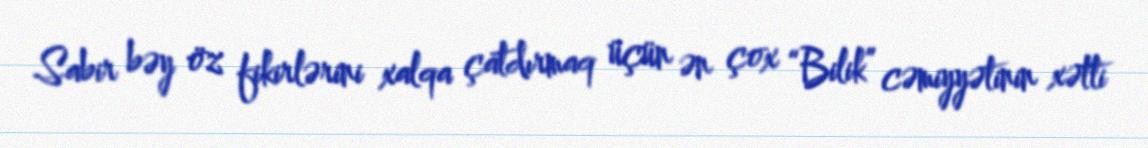
Sabir bəy öz fikirlərini xalqa çatdırmaq üçün ən çox “Bilik” cəmiyyətinin xətti